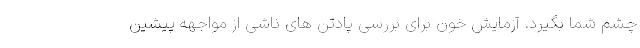
چشم شما بگیرد. آزمایش خون برای بررسی پادتن های ناشی از مواجهه پیشین